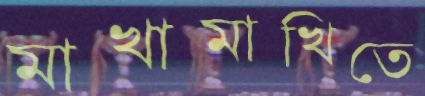
মাখামাখিতে